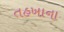
તહખાના